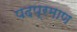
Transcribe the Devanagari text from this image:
पदप्रमाण